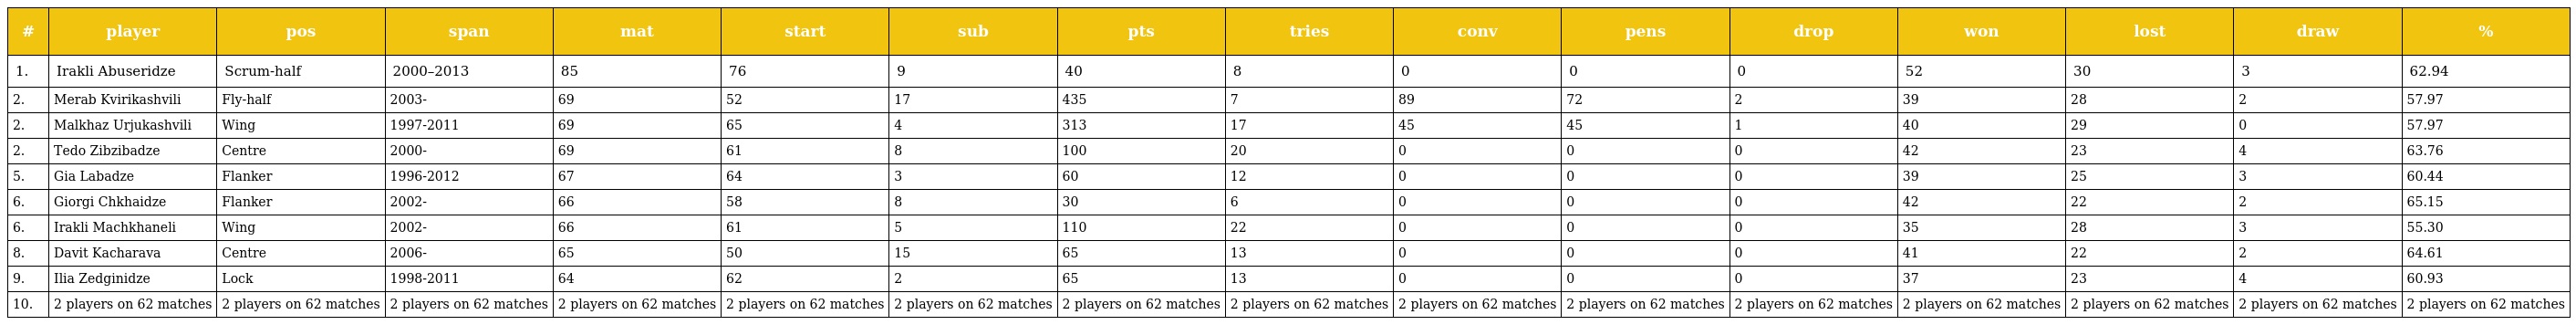
| # | player | pos | span | mat | start | sub | pts | tries | conv | pens | drop | won | lost | draw | % |
 | --- | --- | --- | --- | --- | --- | --- | --- | --- | --- | --- | --- | --- | --- | --- | --- |
 | 1. | Irakli Abuseridze | Scrum-half | 2000–2013 | 85 | 76 | 9 | 40 | 8 | 0 | 0 | 0 | 52 | 30 | 3 | 62.94 |
 | 2. | Merab Kvirikashvili | Fly-half | 2003- | 69 | 52 | 17 | 435 | 7 | 89 | 72 | 2 | 39 | 28 | 2 | 57.97 |
 | 2. | Malkhaz Urjukashvili | Wing | 1997-2011 | 69 | 65 | 4 | 313 | 17 | 45 | 45 | 1 | 40 | 29 | 0 | 57.97 |
 | 2. | Tedo Zibzibadze | Centre | 2000- | 69 | 61 | 8 | 100 | 20 | 0 | 0 | 0 | 42 | 23 | 4 | 63.76 |
 | 5. | Gia Labadze | Flanker | 1996-2012 | 67 | 64 | 3 | 60 | 12 | 0 | 0 | 0 | 39 | 25 | 3 | 60.44 |
 | 6. | Giorgi Chkhaidze | Flanker | 2002- | 66 | 58 | 8 | 30 | 6 | 0 | 0 | 0 | 42 | 22 | 2 | 65.15 |
 | 6. | Irakli Machkhaneli | Wing | 2002- | 66 | 61 | 5 | 110 | 22 | 0 | 0 | 0 | 35 | 28 | 3 | 55.30 |
 | 8. | Davit Kacharava | Centre | 2006- | 65 | 50 | 15 | 65 | 13 | 0 | 0 | 0 | 41 | 22 | 2 | 64.61 |
 | 9. | Ilia Zedginidze | Lock | 1998-2011 | 64 | 62 | 2 | 65 | 13 | 0 | 0 | 0 | 37 | 23 | 4 | 60.93 |
 | 10. | 2 players on 62 matches | 2 players on 62 matches | 2 players on 62 matches | 2 players on 62 matches | 2 players on 62 matches | 2 players on 62 matches | 2 players on 62 matches | 2 players on 62 matches | 2 players on 62 matches | 2 players on 62 matches | 2 players on 62 matches | 2 players on 62 matches | 2 players on 62 matches | 2 players on 62 matches | 2 players on 62 matches |